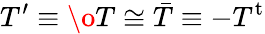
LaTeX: T^{\prime}\equiv\o T\cong\bar{T}\equiv-T^{\mathrm{t}}